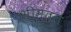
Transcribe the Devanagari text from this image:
भीमतल